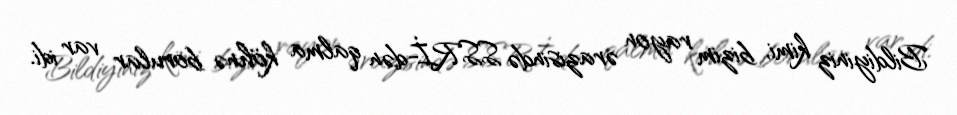
Bildiyiniz kimi, bizim rayon ərazisində SSRİ-dən qalma köhnə borular var idi.